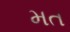
મત